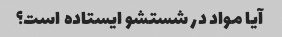
آیا مواد در شستشو ایستاده است؟